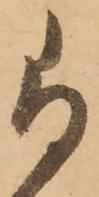
尚